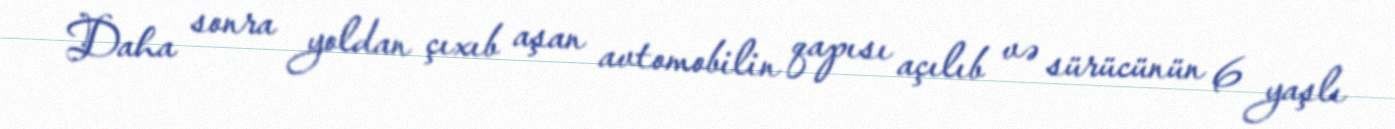
Daha sonra yoldan çıxıb aşan avtomobilin qapısı açılıb və sürücünün 6 yaşlı